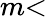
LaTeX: m\textless